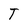
Character: T